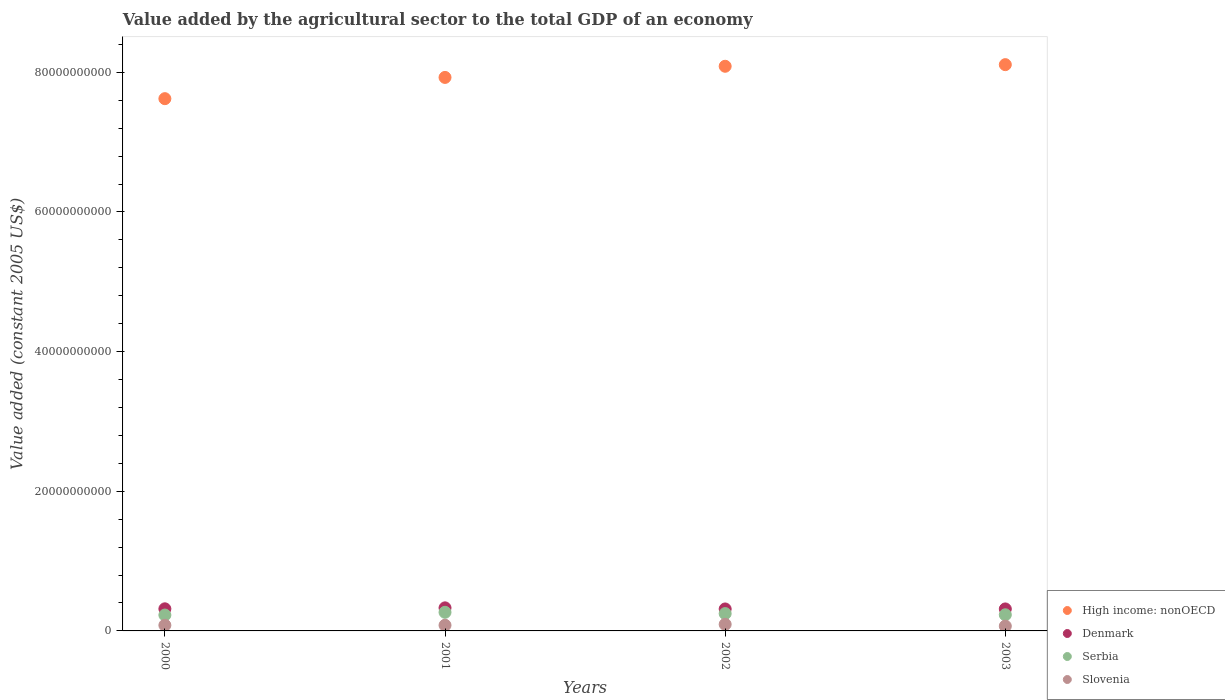
| Years | High income: nonOECD | Denmark | Serbia | Slovenia |
 | --- | --- | --- | --- | --- |
 | 2000 | 7.62e+10 | 3.17e+09 | 2.27e+09 | 8.14e+08 |
 | 2001 | 7.93e+10 | 3.3e+09 | 2.67e+09 | 8.14e+08 |
 | 2002 | 8.09e+10 | 3.14e+09 | 2.48e+09 | 9.4e+08 |
 | 2003 | 8.11e+10 | 3.15e+09 | 2.31e+09 | 6.89e+08 |